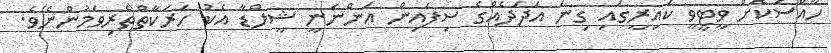
ހާއްސަކޮށް ވީޓީވީ ކައިރީގައި ގިނަ އަދަދެއްގެ ސިފައިން އަންނަނީ ޝީލްޑާ އެކު ހަރަކާތްތެރިވަމުންނެވެ.